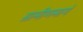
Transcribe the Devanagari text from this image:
ग्रामीणमार्ग